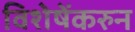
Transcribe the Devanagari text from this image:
विशेषेंकरुन